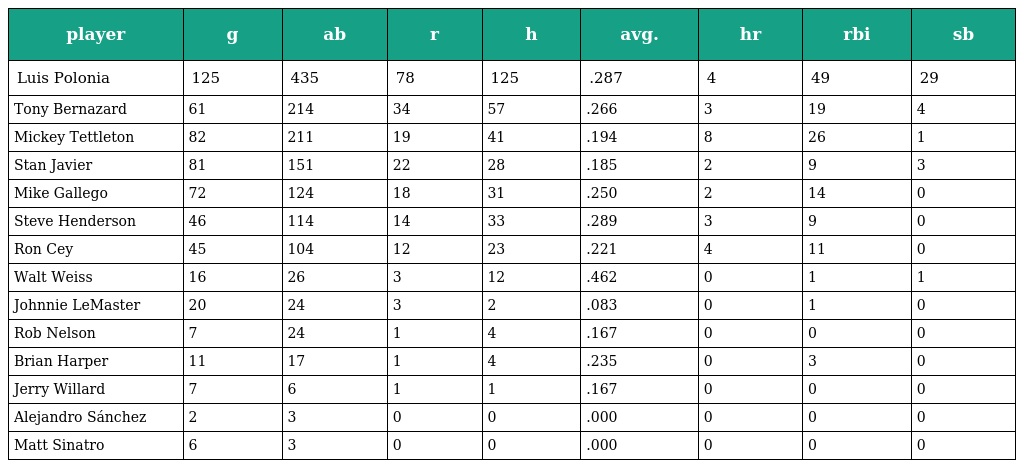
| player | g | ab | r | h | avg. | hr | rbi | sb |
 | --- | --- | --- | --- | --- | --- | --- | --- | --- |
 | Luis Polonia | 125 | 435 | 78 | 125 | .287 | 4 | 49 | 29 |
 | Tony Bernazard | 61 | 214 | 34 | 57 | .266 | 3 | 19 | 4 |
 | Mickey Tettleton | 82 | 211 | 19 | 41 | .194 | 8 | 26 | 1 |
 | Stan Javier | 81 | 151 | 22 | 28 | .185 | 2 | 9 | 3 |
 | Mike Gallego | 72 | 124 | 18 | 31 | .250 | 2 | 14 | 0 |
 | Steve Henderson | 46 | 114 | 14 | 33 | .289 | 3 | 9 | 0 |
 | Ron Cey | 45 | 104 | 12 | 23 | .221 | 4 | 11 | 0 |
 | Walt Weiss | 16 | 26 | 3 | 12 | .462 | 0 | 1 | 1 |
 | Johnnie LeMaster | 20 | 24 | 3 | 2 | .083 | 0 | 1 | 0 |
 | Rob Nelson | 7 | 24 | 1 | 4 | .167 | 0 | 0 | 0 |
 | Brian Harper | 11 | 17 | 1 | 4 | .235 | 0 | 3 | 0 |
 | Jerry Willard | 7 | 6 | 1 | 1 | .167 | 0 | 0 | 0 |
 | Alejandro Sánchez | 2 | 3 | 0 | 0 | .000 | 0 | 0 | 0 |
 | Matt Sinatro | 6 | 3 | 0 | 0 | .000 | 0 | 0 | 0 |